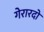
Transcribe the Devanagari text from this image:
गेरारदो